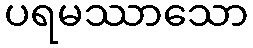
ပရမဿာသော